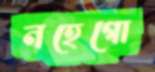
নহেগো